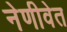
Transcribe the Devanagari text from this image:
नेणीवेत